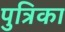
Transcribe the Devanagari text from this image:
पुत्रिका